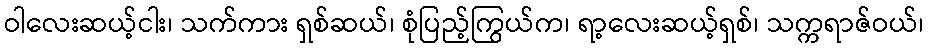
ဝါလေးဆယ့်ငါး၊ သက်ကား ရှစ်ဆယ်၊ စုံပြည့်ကြွယ်က၊ ရာ့လေးဆယ့်ရှစ်၊ သက္ကရာဇ်ဝယ်၊